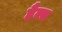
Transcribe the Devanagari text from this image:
हैल्स